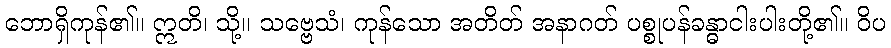
ဘောရှိကုန်၏။ ဣတိ၊ သို့။ သဗ္ဗေသံ၊ ကုန်သော အတိတ် အနာဂတ် ပစ္စုပန်ခန္ဓာငါးပါးတို့၏။ ဝိပ